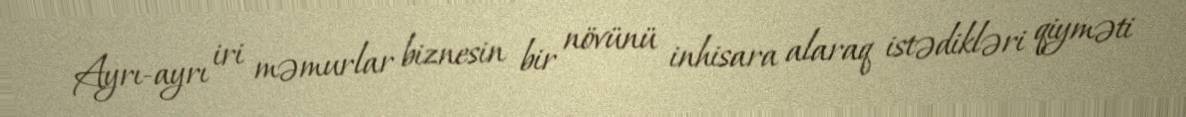
Ayrı-ayrı iri məmurlar biznesin bir növünü inhisara alaraq istədikləri qiyməti